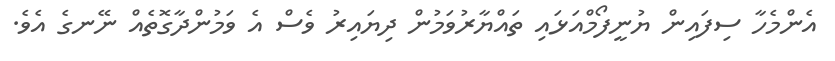
އެންމެހާ ސިފައިން ޔުނީފޯމްއަޅައި ތައްޔާރުވަމުން ދިޔައިރު ވެސް އެ ވަމުންދާގޮތެއް ނޭނގެ އެވެ.